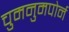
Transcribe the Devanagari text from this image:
चुमनुमपोर्न